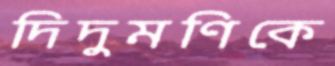
দিদুমণিকে